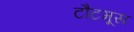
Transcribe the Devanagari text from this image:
टौटमूस